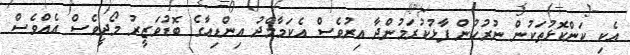
އެކި ކަންކޮޅުތަކުން ނުރުހުން ފާޅުކުރަމުންދާ އިރުވެސް އެކަމާމެދު އިންޑިއާގެ ބޮޑުވަޒީރު މޯދީވެސް އެއްވެސް